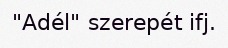
"Adél" szerepét ifj.